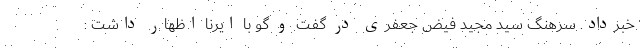
خبرداد. سرهنگ سید مجید فیض جعفری در گفت و گو با ایرنا اظهار داشت :